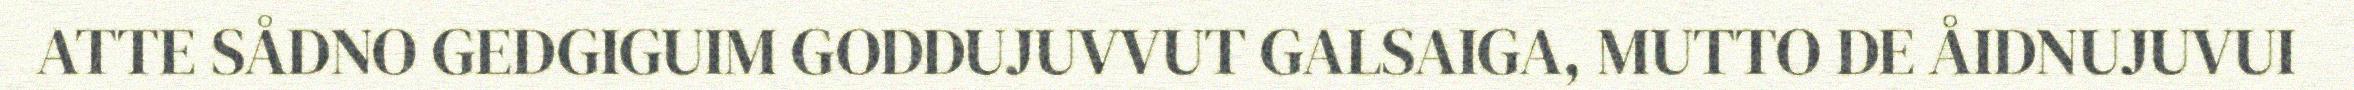
ATTE SÅDNO GEDGIGUIM GODDUJUVVUT GALSAIGA, MUTTO DE ÅIDNUJUVUI